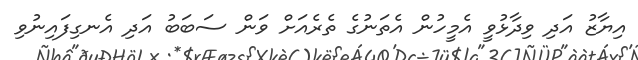
އިޔާޒު އަދި ވިދާޅުވީ އެމީހުން އެތަނުގެ ތެރެއަށް ވަން ސަބަބު އަދި އެނގިފައިނުވި